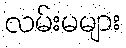
လမ်းမများ